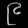
Digit: ၉